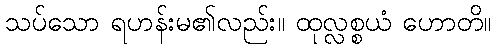
သပ်သော ရဟန်းမ၏လည်း။ ထုလ္လစ္စယံ ဟောတိ။